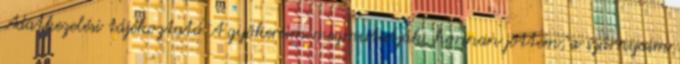
Adatkezelési tájékoztató A gyökereim megmutatják, honnan jöttem, a szárnyaim